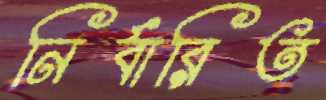
নির্বারিত